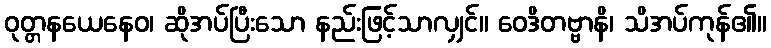
ဝုတ္တနယေနေဝ၊ ဆိုအပ်ပြီးသော နည်းဖြင့်သာလျှင်။ ဝေဒိတဗ္ဗာနိ၊ သိအပ်ကုန်၏။